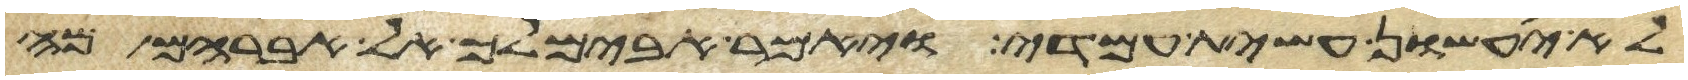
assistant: לא יעשון עשית עמדי ויאמר אבימלך אל אברהם מה